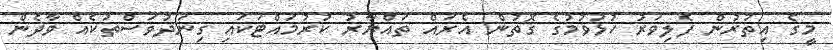
މީގެ އިތުރުން ފެލިވަރު ހުޅުވުމުގެ ގޮތުން އެރައް ތައްޔާރު ކުރުމައްޓަކައި ގިނަދުވަސްތަކެއް ވާދެން